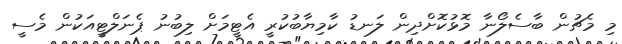
މި މެޗުން ބާސެލޯނާ މޮޅުކޮށްދިން ލަނޑު ކާމިޔާބުކުރީ އެޓީމަށް ލިބުނު ޕެނަލްޓީއަކުން މެސީ